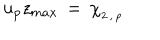
u _ { p } z _ { m a x } \, = \, \chi _ { _ { 2 \, , \, p } }